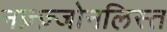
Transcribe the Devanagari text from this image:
नज़्ज़्जोनलिस्त